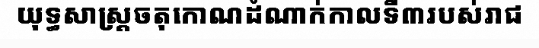
យុទ្ធសាស្ត្រចតុកោណដំណាក់កាលទី៣របស់រាជ